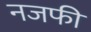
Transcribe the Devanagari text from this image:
नजफी